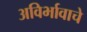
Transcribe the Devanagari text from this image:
अविर्भावाचे